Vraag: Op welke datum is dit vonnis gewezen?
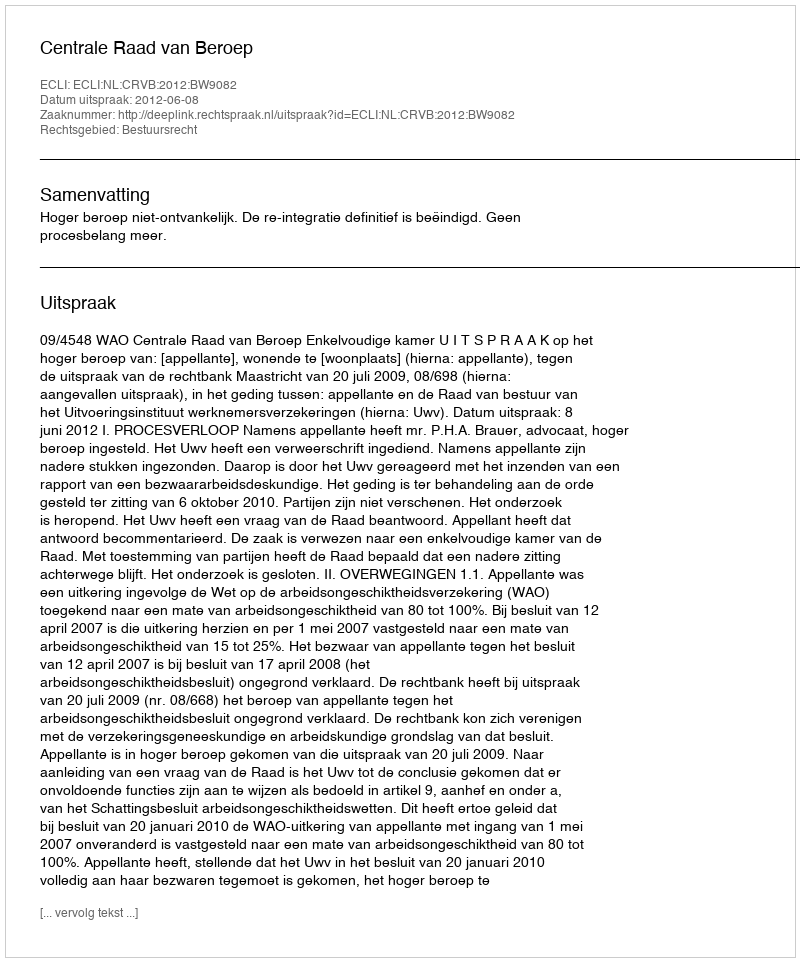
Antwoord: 2012-06-08